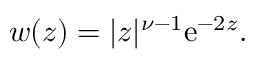
w ( z ) = | z | ^ { \nu - 1 } \mathrm { e } ^ { - 2 z } .